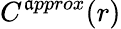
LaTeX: C^{\mathfrak{a}pprox}(r)